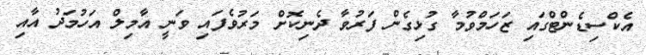
އެކްސިޑެންޓްގައި ޒަހަމްވުމާ ގުޅިގެން ފަރުވާ ދެނިކޮށް މަަރުވެފައި ވަނީ އާމިލް އަހުމަދު އާއި